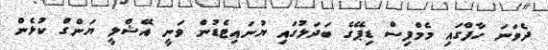
ދެވަނަ ހާފްގައި މެމްފިސް ޑިޕޭގެ ބަދަލުގައި ޔުނައިޓެޑުން ވަނީ އޭޝްލީ ޔަންގް ކުޅެން